Vital statistics of India. Vol. IV, Annual returns from 1871 to 1876. British Army of India, Native Army and jails of Bengal
Year: 1871
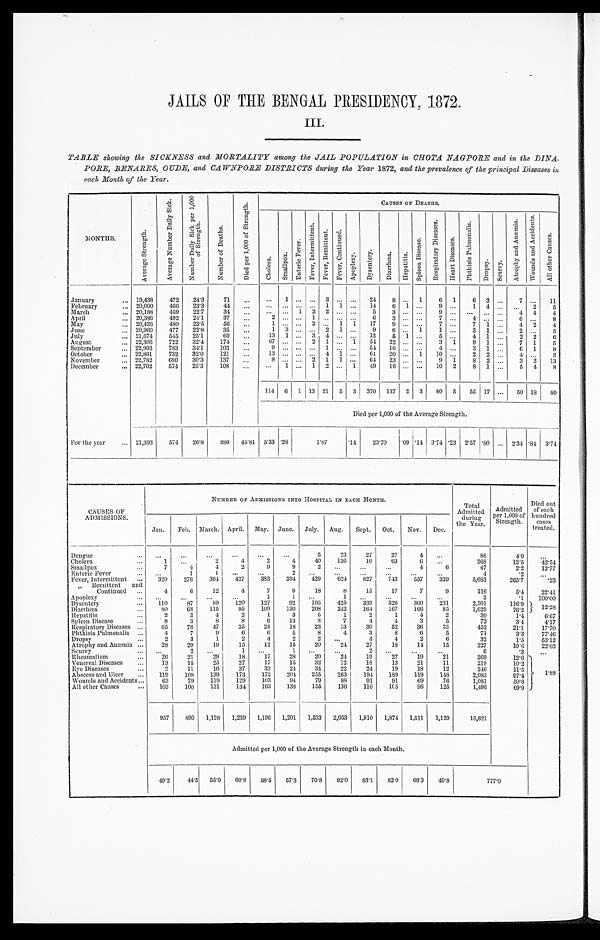
JAILS OF THE BENGAL PRESIDENCY, 1872.
III.
TABLE showing the SICKNESS and MORTALITY among the JAIL POPULATION in CHOTA NAGPORE and in the DINA
-PORE, BENARES, OUDE, and CAWNPORE DISTRICTS during the Year 1872, and the prevalence of the principal Diseases in
each Month of the Year .
MONTHS .
A v e r a g e S t r e n g t h .
A v e r a g e N u m b e r D a i l y S i c k .
N u m b e r D a i l y S i c k p e r 1 , 0 0 0 o f S t r e n g t h .
N u m b e r o f D e a t h s .
D i e d p e r 1 , 0 0 0 o f S t r e n g t h .
CAUSES OF DEATHS.
C h o l e r a .
S m a l l p o x .
E n t e r i c F e v e r .
F e v e r , I n t e r m i t t e n t .
F e v e r , R e m i t t e n t .
F e v e r , C o n t i n u e d .
A p o p l e x y .
D y s e n t e r y .
D i a r r h œ a .
H e p a t i t i s .
S p l e e n D i s e a s e .
R e s p i r a t o r y D i s e a s e s .
H e a r t D i s e a s e s .
P h t h i s i s P u l m o n a l i s .
D r o p s y .
S c u r v y .
A t r o p h y a n d A n æ m i a .
W o u n d s a n d A c c i d e n t s .
A l l O t h e r C a u s e s .
January . . .
19,438
472
24.3
71
. . .
. . .
1
. . .
. . .
3
. . .
. . .
24
8
. . .
1
6
1
6
3
. . .
7
. . .
11
February . . .
20,000
466
23.3
44
. . .
. . .
. . .
. . .
. . .
1
1
. . .
14
6
1
. . .
9
. . .
1
4
. . .
. . .
2
5
March . . .
20,188
459
22.7
34
. . .
. . .
. . .
1
2
2
. . .
. . .
5
3
. . .
. . .
9
. . .
. . .
. . .
. . .
4
4
4
April . . .
20,386
492
24.1
37
. . .
2
. . .
. . .
1
. . .
. . .
. . .
6
3
. . .
. . .
7
. . .
4
. . .
. . .
6
. . .
8
May . . .
20,426
480
23.5
56
. . .
1
. . .
. . .
2
. . . 1
1
17
9
. . .
. . .
7
. . .
7
1
. . .
4
2
4
June . . .
20,960
477
22.8
35
. . .
1
3
. . .
. . .
2
1
. . .
9
6
. . . 1
1
. . .
3
1
. . .
2
. . .
5
July . . .
21,674
545
25.1
60
. . .
13
1
. . .
3
4
. . .
. . .
13
5
1
. . .
5
. . .
4
1
. . .
2
2
6
August . . .
22,306
722
32.4
174
. . .
67
. . .
. . .
2
1
. . . 1
54
22
. . .
. . .
3
1
9
1
. . .
7
1
5
September . . .
22,992
783
34.1
103
. . .
9
. . .
. . .
. . . 1
. . .
. . .
54
16
. . .
. . .
4
. . .
3
1
. . .
6
1
8
October . . .
22,861
732
32.0
121
. . .
13
. . .
. . .
. . .
4
1
. . .
61
20
. . . 1
10
. . .
2
2
. . .
4
. . .
3
November . . .
22,782
690
30.3
137
. . .
8
. . .
. . .
2
1
1
. . .
64
23
. . .
. . .
9
1
8 2
. . .
3
2
13
December . . .
22,702
574
25.3
108
. . .
. . .
1
. . .
1
2
. . .
1
49
16
. . .
. . .
10
2
8
1
. . .
5
4
8
114
6
1 13 21
5
3
370
137
2
3
80
5
55 17
. . .
50 18
80
Died per 1,000 of the Average Strength.
For the year . . . 21,393
574
26.8
980
45.81
5.33 .28
1.87
.14
23.70
.09 .14 3.74 .23
2.57 .80
. . .
2.34 .84 3.74
CAUSES OF
ADMISSIONS.
NUMBER OF ADMISSIONS INTO HOSPITAL IN EACH MONTH.
Total
Admitted
during
the Year.
Admitted
per 1,000 of
Strength.
Died out
of each
hundred
cases
treated.
Jan.
Feb.
March. April.
May.
June.
July.
Aug.
Sept.
Oct.
Nov.
Dec.
Dengue . . .
. . .
. . .
. . .
. . .
. . .
. . .
5
23
27
27
4
. . .
86
4.0
. . .
Cholera . . .
1
. . .
2
4
2
4
40
136
10
63
6
. . .
268
12.5
42.54
Smallpox . . .
7
4
4
2
9
9
2
. . .
. . .
. . .
4
6
47
2.2
12.77
Enteric Fever . . .
. . .
1
1
. . .
. . .
2
. . .
. . .
. . .
. . .
. . .
. . .
4
.2
. . .
Fever, Intermittent . . .
320
276
364
427
383
394
429
624
827
743
557
339
5,683
265.7
.23
" Remittent
and
Continued . . .
4
6
12
4
7
9
18
8
15
17
7
9
116
5.4
22.41
Apoplexy . . .
. . .
. . .
. . .
. . .
1
1
. . .
1
. . .
. . .
. . .
. . .
3
.1
100.00
Dysentery . . .
110
87
89
120
127
92
195
425
339
326
360
231
2,501
116.9 12.28
Diarrhœa . . .
8 0
6 8
115
95
109
130
208
242
164
167
166
85
1,629
76.2
Hepatitis . . .
2
3
4
2
1
3
5
1
2
1
4
2
30
1.4
6.67
Spleen Disease . . .
8
3
8
8
6
13
3
7
4
4
3
5
72
3.4
4.17
Respiratory Diseases . . .
65
76
47
35
24
18
23
13
30
52
36
33
452
21.1
17.70
Phthisis Pulmonalis . . .
4
7
9
6
6
5
8
4
3
8
6
5
71
3.3
77.46
Dropsy . . .
2
3
1
2
4
2
2
. . .
4
4
2
6
32
1.5
53.12
Atrophy and Anæmia . . .
28
20
19
15
12
15
20
24
27
18
14
15
227
10.6
22.03
Scurvy . . .
. . .
2
. . .
1
. . .
1
. . .
. . .
2
. . .
. . .
. . .
6
.3
. . .
Rheumatism . . .
26
21
29
18
17
28
20
24
19
27
19
21
269
12.6
1 . 8 8
V e n e r e a l D i s e a s e s . . .
13
15
25
27
17
15
32
12
18
13
21
11
219
10.2
Eye Diseases . . .
2
11
10
37
33
24
34
22
24
19
18
12
246
11.5
Abscess and Ulcer . . .
119
108
139
173
172
204
255
263
194
189
119
148
2,083
97.4
Wounds and Accidents . . .
63
79
119
129
103
94
79
8 8
91
91
69
76
1,081
50.6
All other Causes . . .
103
100
131
134
163
138
155
136
110
105
96
125
1,496
69.9
957
890
1,128
1,239
1,196
1,201
1,533
2,053
1,910
1,874
1,511
1,129
16,621
Admitted per 1,000 of the Average Strength in each Month.
49.2
44.5
55.9
60.8
58.5
57.3
70.8
92.0
83.1
82.0
66.3
49.8
777.0